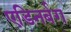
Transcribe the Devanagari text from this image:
एडिनर्बग